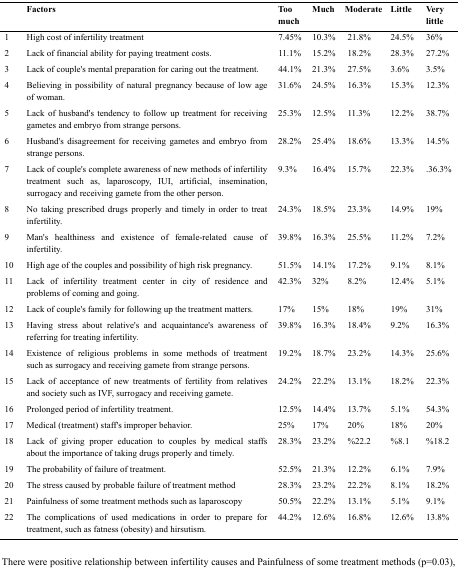
<table><thead><tr><td></td><td><b>Factors</b></td><td><b>Too much</b></td><td><b>Much</b></td><td><b>Moderate</b></td><td><b>Little</b></td><td><b>Very little</b></td></tr></thead><tbody><tr><td>1</td><td>High cost of infertility treatment</td><td>7.45%</td><td>10.3%</td><td>21.8%</td><td>24.5%</td><td>36%</td></tr><tr><td>2</td><td>Lack of financial ability for paying treatment costs.</td><td>11.1%</td><td>15.2%</td><td>18.2%</td><td>28.3%</td><td>27.2%</td></tr><tr><td>3</td><td>Lack of couple’s mental preparation for caring out the treatment.</td><td>44.1%</td><td>21.3%</td><td>27.5%</td><td>3.6%</td><td>3.5%</td></tr><tr><td>4</td><td>Believing in possibility of natural pregnancy because of low age of woman.</td><td>31.6%</td><td>24.5%</td><td>16.3%</td><td>15.3%</td><td>12.3%</td></tr><tr><td>5</td><td>Lack of husband’s tendency to follow up treatment for receiving gametes and embryo from strange persons.</td><td>25.3%</td><td>12.5%</td><td>11.3%</td><td>12.2%</td><td>38.7%</td></tr><tr><td>6</td><td>Husband’s disagreement for receiving gametes and embryo from strange persons.</td><td>28.2%</td><td>25.4%</td><td>18.6%</td><td>13.3%</td><td>14.5%</td></tr><tr><td>7</td><td>Lack of couple’s complete awareness of new methods of infertility treatment such as, laparoscopy, IUI, artificial, insemination, surrogacy and receiving gamete from the other person.</td><td>9.3%</td><td>16.4%</td><td>15.7%</td><td>22.3%</td><td>.36.3%</td></tr><tr><td>8</td><td>No taking prescribed drugs properly and timely in order to treat infertility.</td><td>24.3%</td><td>18.5%</td><td>23.3%</td><td>14.9%</td><td>19%</td></tr><tr><td>9</td><td>Man’s healthiness and existence of female-related cause of infertility.</td><td>39.8%</td><td>16.3%</td><td>25.5%</td><td>11.2%</td><td>7.2%</td></tr><tr><td>10</td><td>High age of the couples and possibility of high risk pregnancy.</td><td>51.5%</td><td>14.1%</td><td>17.2%</td><td>9.1%</td><td>8.1%</td></tr><tr><td>11</td><td>Lack of infertility treatment center in city of residence and problems of coming and going.</td><td>42.3%</td><td>32%</td><td>8.2%</td><td>12.4%</td><td>5.1%</td></tr><tr><td>12</td><td>Lack of couple’s family for following up the treatment matters.</td><td>17%</td><td>15%</td><td>18%</td><td>19%</td><td>31%</td></tr><tr><td>13</td><td>Having stress about relative’s and acquaintance’s awareness of referring for treating infertility.</td><td>39.8%</td><td>16.3%</td><td>18.4%</td><td>9.2%</td><td>16.3%</td></tr><tr><td>14</td><td>Existence of religious problems in some methods of treatment such as surrogacy and receiving gamete from strange persons.</td><td>19.2%</td><td>18.7%</td><td>23.2%</td><td>14.3%</td><td>25.6%</td></tr><tr><td>15</td><td>Lack of acceptance of new treatments of fertility from relatives and society such as IVF, surrogacy and receiving gamete.</td><td>24.2%</td><td>22.2%</td><td>13.1%</td><td>18.2%</td><td>22.3%</td></tr><tr><td>16</td><td>Prolonged period of infertility treatment.</td><td>12.5%</td><td>14.4%</td><td>13.7%</td><td>5.1%</td><td>54.3%</td></tr><tr><td>17</td><td>Medical (treatment) staff’s improper behavior.</td><td>25%</td><td>17%</td><td>20%</td><td>18%</td><td>20%</td></tr><tr><td>18</td><td>Lack of giving proper education to couples by medical staffs about the importance of taking drugs properly and timely.</td><td>28.3%</td><td>23.2%</td><td>%22.2</td><td>%8.1</td><td>%18.2</td></tr><tr><td>19</td><td>The probability of failure of treatment.</td><td>52.5%</td><td>21.3%</td><td>12.2%</td><td>6.1%</td><td>7.9%</td></tr><tr><td>20</td><td>The stress caused by probable failure of treatment method</td><td>28.3%</td><td>23.2%</td><td>22.2%</td><td>8.1%</td><td>18.2%</td></tr><tr><td>21</td><td>Painfulness of some treatment methods such as laparoscopy</td><td>50.5%</td><td>22.2%</td><td>13.1%</td><td>5.1%</td><td>9.1%</td></tr><tr><td>22</td><td>The complications of used medications in order to prepare for treatment, such as fatness (obesity) and hirsutism.</td><td>44.2%</td><td>12.6%</td><td>16.8%</td><td>12.6%</td><td>13.8%</td></tr></tbody></table>